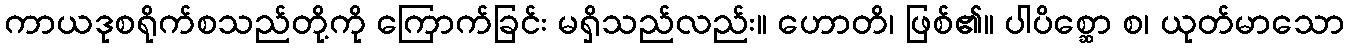
ကာယဒုစရိုက်စသည်တို့ကို ကြောက်ခြင်း မရှိသည်လည်း။ ဟောတိ၊ ဖြစ်၏။ ပါပိစ္ဆော စ၊ ယုတ်မာသော